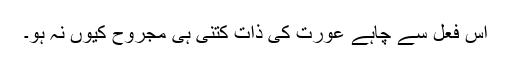
اس فعل سے چاہے عورت کی ذات کتنی ہی مجروح کیوں نہ ہو۔